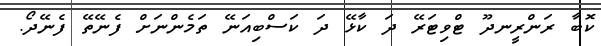
ކޮބާ ރަންރީނދޫ ޓްވިޓަރޭ ދަ ކާޅޭ ދަ ކަސްބިއަނޭ ތަމެންނަށް ފެނޭތޭ ފެނޭދޯ.